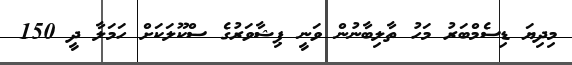
މިިދިޔަ ޑިސެމްބަރު މަހު ތާލިބާނުން ވަނީ ޕިޝާވަރުގެ ސްކޫލަކަށް ހަމަލާ ދީ 150